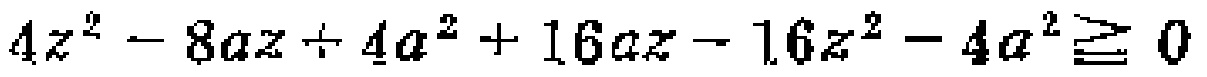
\(4z^{2}-8az + 4a^{2}+16az - 16z^{2}-4a^{2}\geq 0\)